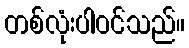
တစ်လုံးပါဝင်သည်။